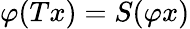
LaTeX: \varphi(Tx)=S(\varphi x)